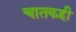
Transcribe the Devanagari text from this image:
चातकही